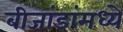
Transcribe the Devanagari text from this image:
बीजांडांमध्ये